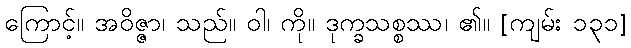
ကြောင့်။ အဝိဇ္ဇာ၊ သည်။ ဝါ၊ ကို။ ဒုက္ခသစ္စဿ၊ ၏။ [ကျမ်း ၁၃၁]